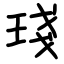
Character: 琖